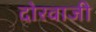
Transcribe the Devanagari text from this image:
दोरवाजी